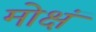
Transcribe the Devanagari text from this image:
मोक्षं